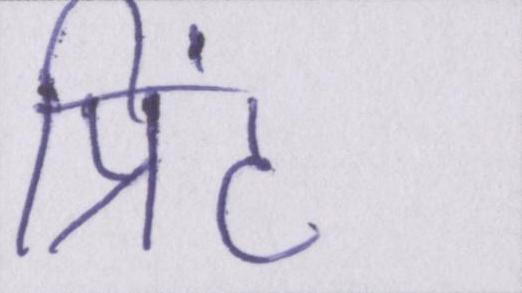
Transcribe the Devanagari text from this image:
प्रिंट